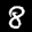
Label: 8